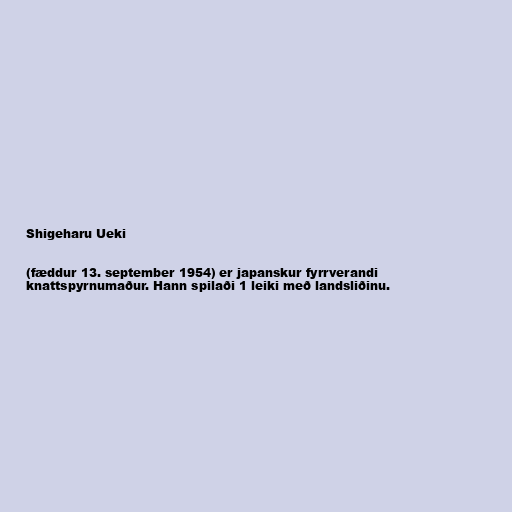
Shigeharu Ueki

(fæddur 13. september 1954) er japanskur fyrrverandi
knattspyrnumaður. Hann spilaði 1 leiki með landsliðinu.